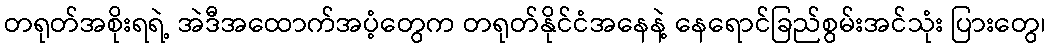
တရုတ်အစိုးရရဲ့ အဲဒီအထောက်အပံ့တွေက တရုတ်နိုင်ငံအနေနဲ့ နေရောင်ခြည်စွမ်းအင်သုံး ပြားတွေ၊